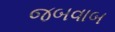
જબવાબ